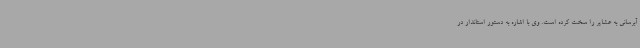
آبرسانی به عشایر را سخت کرده است. وی با اشاره به دستور استاندار در